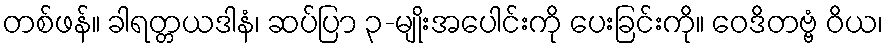
တစ်ဖန်။ ခါရတ္တယဒါနံ၊ ဆပ်ပြာ ၃-မျိုးအပေါင်းကို ပေးခြင်းကို။ ဝေဒိတဗ္ဗံ ဝိယ၊